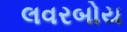
લવરબોય